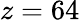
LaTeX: z=64